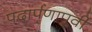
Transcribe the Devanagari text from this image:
पदार्पणापूर्वी